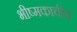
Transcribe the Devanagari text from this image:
भीष्मकाचीच